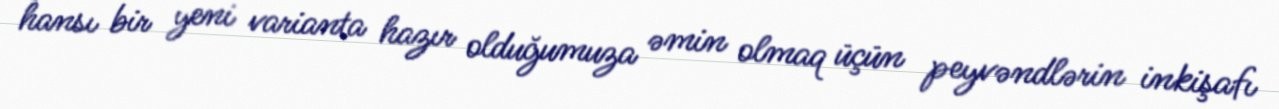
hansı bir yeni varianta hazır olduğumuza əmin olmaq üçün peyvəndlərin inkişafı